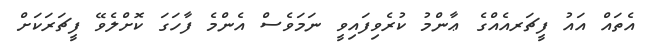
އެތައް އައު ފީޗަރއެއްގެ ޢާންމު ކުރެވިފައިވީ ނަމަވެސް އެންމެ ފާހަގަ ކޮށްލެވޭ ފީޗަރަކަށް